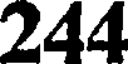
244